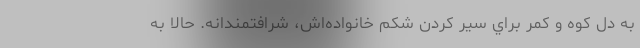
به دل كوه و كمر براي سير كردن شكم خانواده‌اش، شرافتمندانه. حالا به